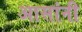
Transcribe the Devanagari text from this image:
आसांनी